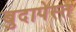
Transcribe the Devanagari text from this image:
बुदापेस्त